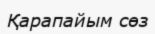
Қарапайым сөз